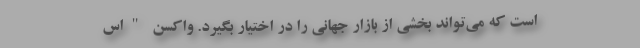
است که می‌تواند بخشی از بازار جهانی را در اختیار بگیرد. واکسن "اس